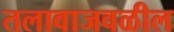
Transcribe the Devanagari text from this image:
तलावाजवळील